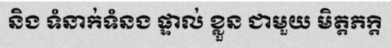
និង ទំនាក់ទំនង ផ្ទាល់ ខ្លួន ជាមួយ មិត្តភក្តិ